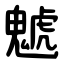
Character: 䰧